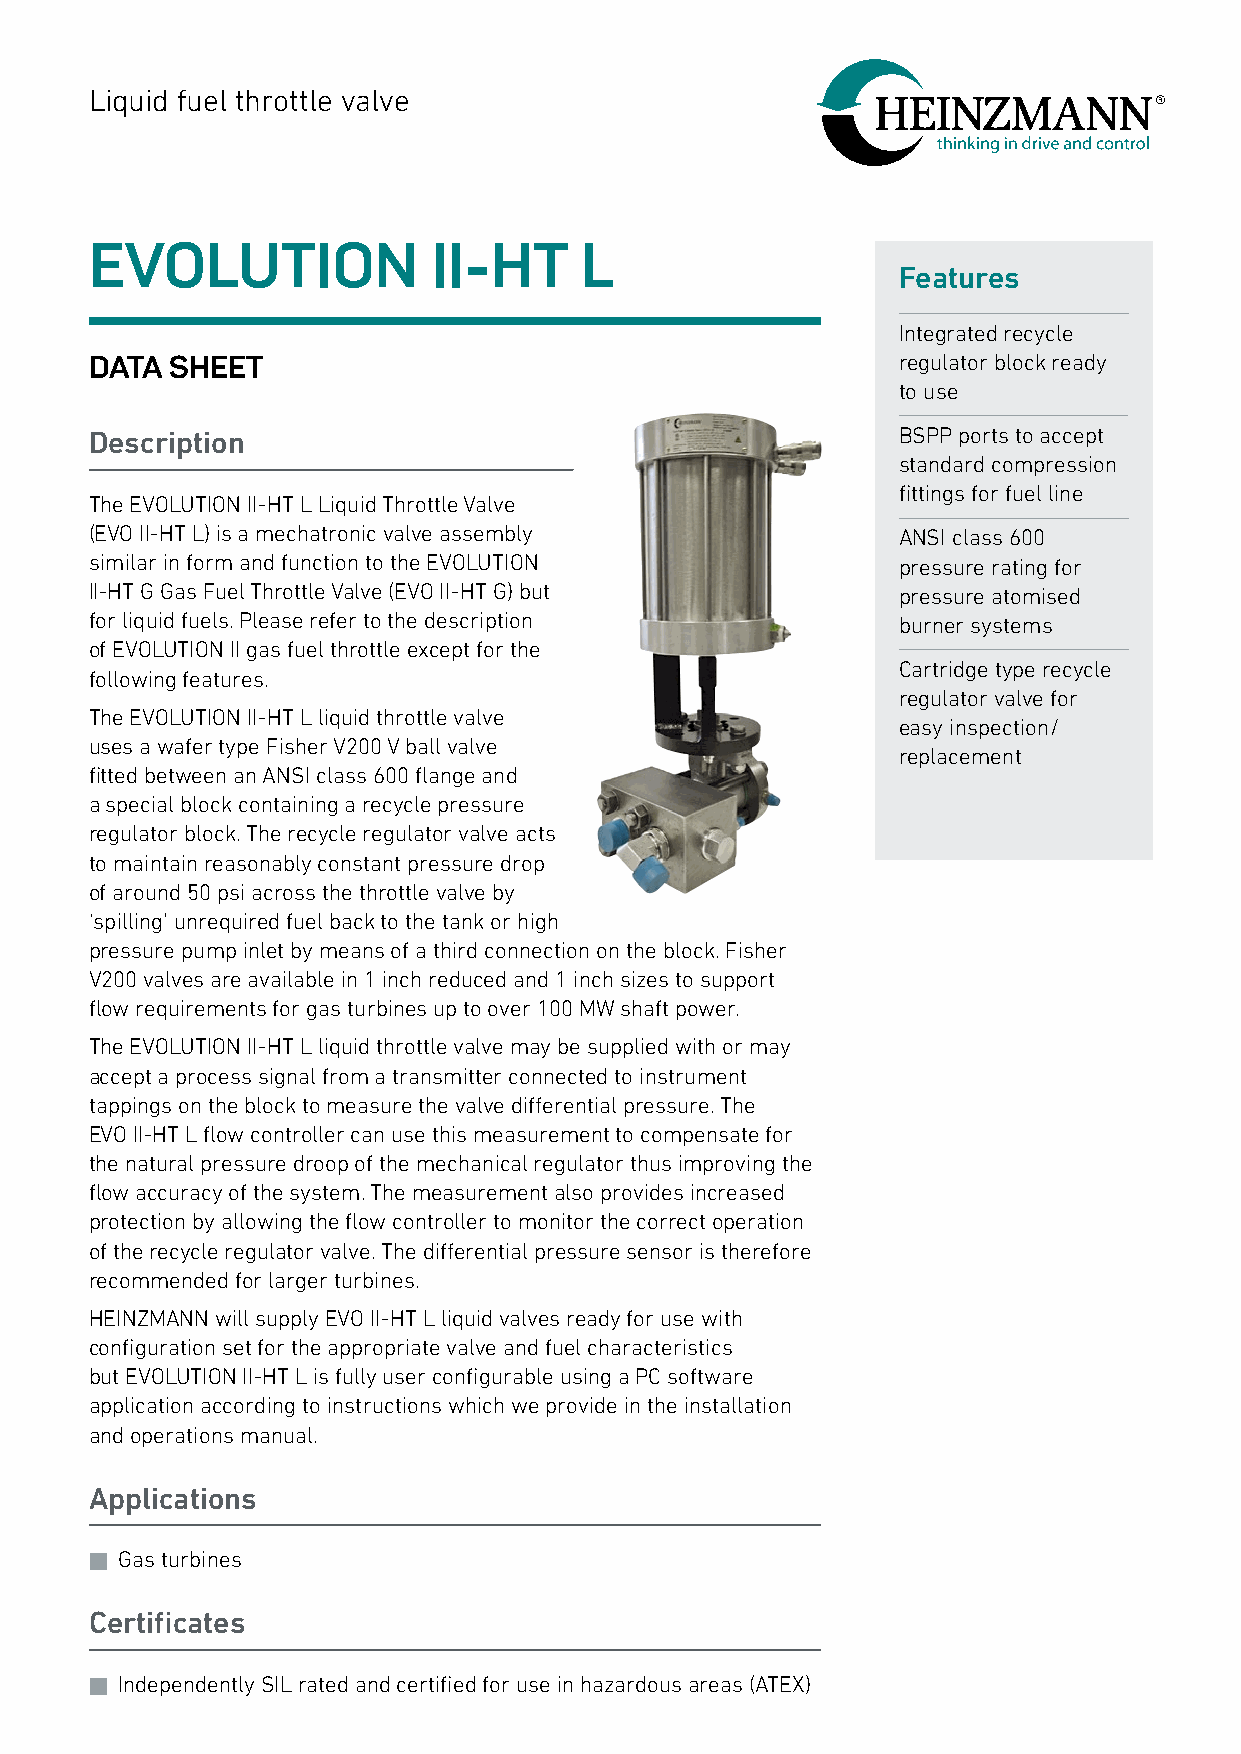
Liquid fuel throttle valve
 EVOLUTION              II-HT    L
 Features
 Integrated recycle
 DATA SHEET                                           regulator block ready
 to use
 Description                                          BSPP ports to accept
 standard compression
 fittings for fuel line
 The EVOLUTION II-HT L Liquid Throttle Valve
 (EVO II-HT L) is a mechatronic valve assembly        ANSI class 600
 similar in form and function to the EVOLUTION        pressure rating for
 II-HT G Gas Fuel Throttle Valve (EVO II-HT G) but    pressure atomised
 for liquid fuels. Please refer to the description    burner systems
 of EVOLUTION II gas fuel throttle except for the
 Cartridge type recycle
 following features.
 regulator valve for
 The EVOLUTION II-HT L liquid throttle valve
 easy inspection/
 uses a wafer type Fisher V200 V ball valve
 replacement
 fitted between an ANSI class 600 flange and
 a special block containing a recycle pressure
 regulator block. The recycle regulator valve acts
 to maintain reasonably constant pressure drop
 of around 50 psi across the throttle valve by
 ‘spilling’ unrequired fuel back to the tank or high
 pressure pump inlet by means of a third connection on the block. Fisher
 V200 valves are available in 1 inch reduced and 1 inch sizes to support
 flow requirements for gas turbines up to over 100 MW shaft power.
 The EVOLUTION II-HT L liquid throttle valve may be supplied with or may
 accept a process signal from a transmitter connected to instrument
 tappings on the block to measure the valve differential pressure. The
 EVO II-HT L flow controller can use this measurement to compensate for
 the natural pressure droop of the mechanical regulator thus improving the
 flow accuracy of the system. The measurement also provides increased
 protection by allowing the flow controller to monitor the correct operation
 of the recycle regulator valve. The differential pressure sensor is therefore
 recommended for larger turbines.
 HEINZMANN will supply EVO II-HT L liquid valves ready for use with
 configuration set for the appropriate valve and fuel characteristics
 but EVOLUTION II-HT L is fully user configurable using a PC software
 application according to instructions which we provide in the installation
 and operations manual.
 Applications
 n Gas turbines
 Certificates
 n Independently SIL rated and certified for use in hazardous areas (ATEX)